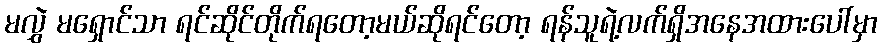
မလွှဲ မရှောင်သာ ရင်ဆိုင်တိုက်ရတော့မယ်ဆိုရင်တော့ ရန်သူရဲ့လက်ရှိအနေအထားပေါ်မှာ